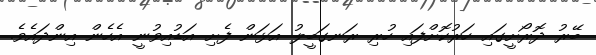
ބޭރު ދޮރޯށީގައި ހަރުކޮށްފައި ހުރި ރަނގަބީލު އަޅަން ފެށި އަޑުއިވުނީ އެހެން އިންދައެވެ.